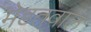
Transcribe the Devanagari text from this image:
मेडतवाल